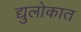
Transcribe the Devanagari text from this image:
द्युलोकात